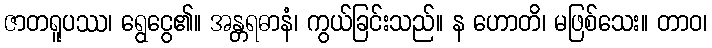
ဇာတရူပဿ၊ ရွေငွေ၏။ အန္တရဓာနံ၊ ကွယ်ခြင်းသည်။ န ဟောတိ၊ မဖြစ်သေး။ တာဝ၊